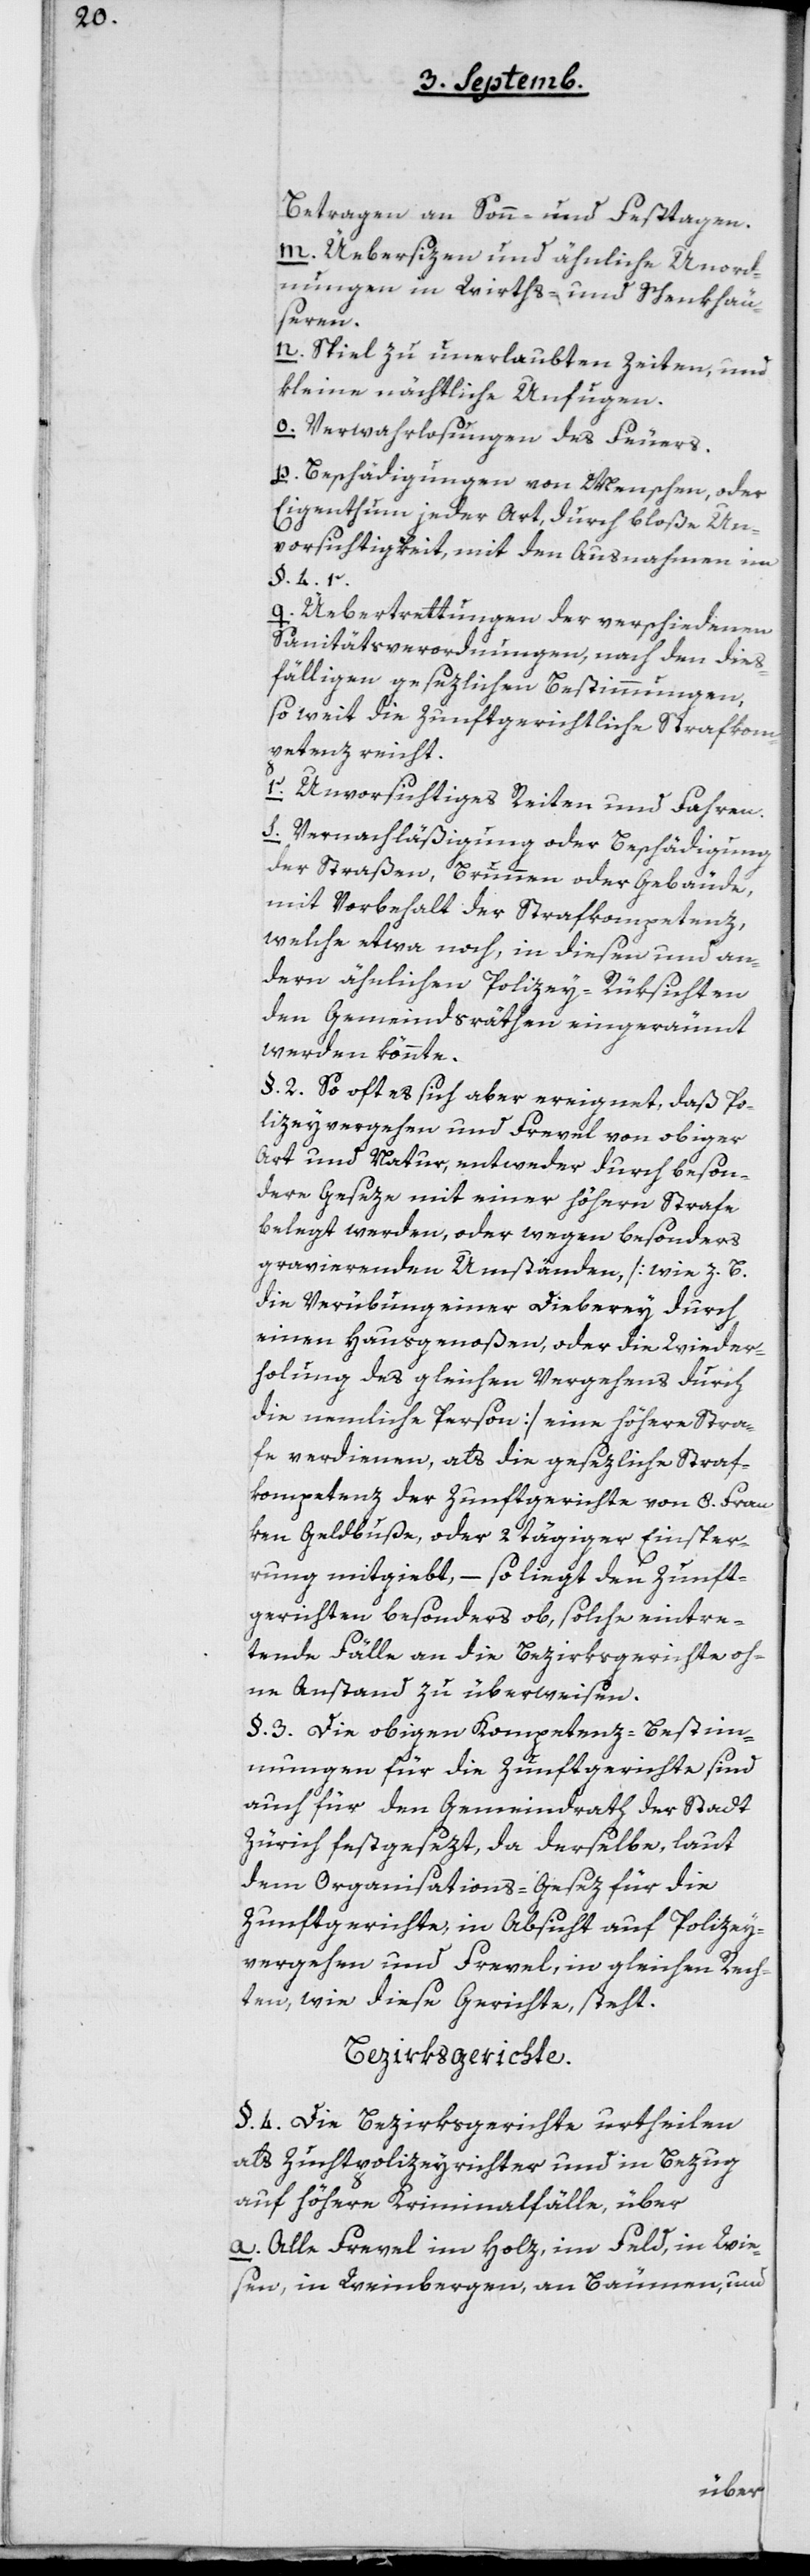
Betragen an Sonn- und Festtagen.
m. Übersitzen und ähnliche Unord¬
nungen in Wirths- und Schankhäu¬
seren.
n. Spiel zu unerlaubten Zeiten, und
kleine nächtliche Unfugen.
o. Verwahrlosungen des Feuers.
p. Beschädigungen an Menschen, oder
Eigenthum jeder Art, durch bloße Un¬
vorsichtigkeit, mit den Ausnahmen im
§ 4r.
q. Uebertrettungen der verschiedenen
Sanitätsverordnungen, nach den dies¬
fälligen gesezlichen Bestimmungen,
soweit die zunftgerichtliche Strafkom¬
petenz reicht.
r. Unvorsichtiges Reiten und Fahren.
s. Vernachläßigung oder Beschädigung
der Straßen, Brunnen oder Gebäude,
mit Vorbehalt der Strafkompetenz,
welche etwa noch in diesen und an¬
dern ähnlichen Polizey-Rücksichten
den Gemeindsräthen eingeräumt
werden könnte.
§ 2. So oft es sich aber ereignet, daß Po¬
lizeyvergehen und Frevel von obiger
Art und Natur, entweder durch beson¬
dere Geseze mit einer höhern Strafe
belegt werden, oder wegen besonders
gravierenden Umständen [wie z. B.
die Verübung einer Dieberey durch
einen Hausgenoßen oder die Wieder¬
holung des gleichen Vergehens durch
die nemliche Person] eine höhere Stra¬
fe verdienen, als die gesezliche Straf¬
kompetenz der Zunftgerichte von 8 Fran¬
ken Geldbuße oder 2 tägiger Einsper¬
rung mitgiebt, – so liegt den Zunft¬
gerichten besonders ob, solche eintre¬
tende Fälle an die Bezirksgerichte oh¬
ne Anstand zu überweisen.
§ 3. Die obigen Kompetenz-Bestim¬
mungen für die Zunftgerichte sind
auch für den Gemeindrath der Stadt
Zürich festgesezt, da derselbe, laut
dem Organisations-Gesez für die
Zunftgerichte, in Absicht auf Polizey¬
vergehen und Frevel, in gleichen Rech¬
ten, wie diese Gerichte, steht.
Bezirksgerichte.
§ 4. Die Bezirksgerichte urtheilen
als Zuchtpolizeyrichter und in Bezug
auf höhere Kriminalfälle, über
a. Alle Frevel im Holz, im Feld, in Wie¬
sen, in Weinbergen, an Bäumen, und